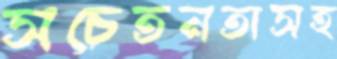
সচেতনতাসহ